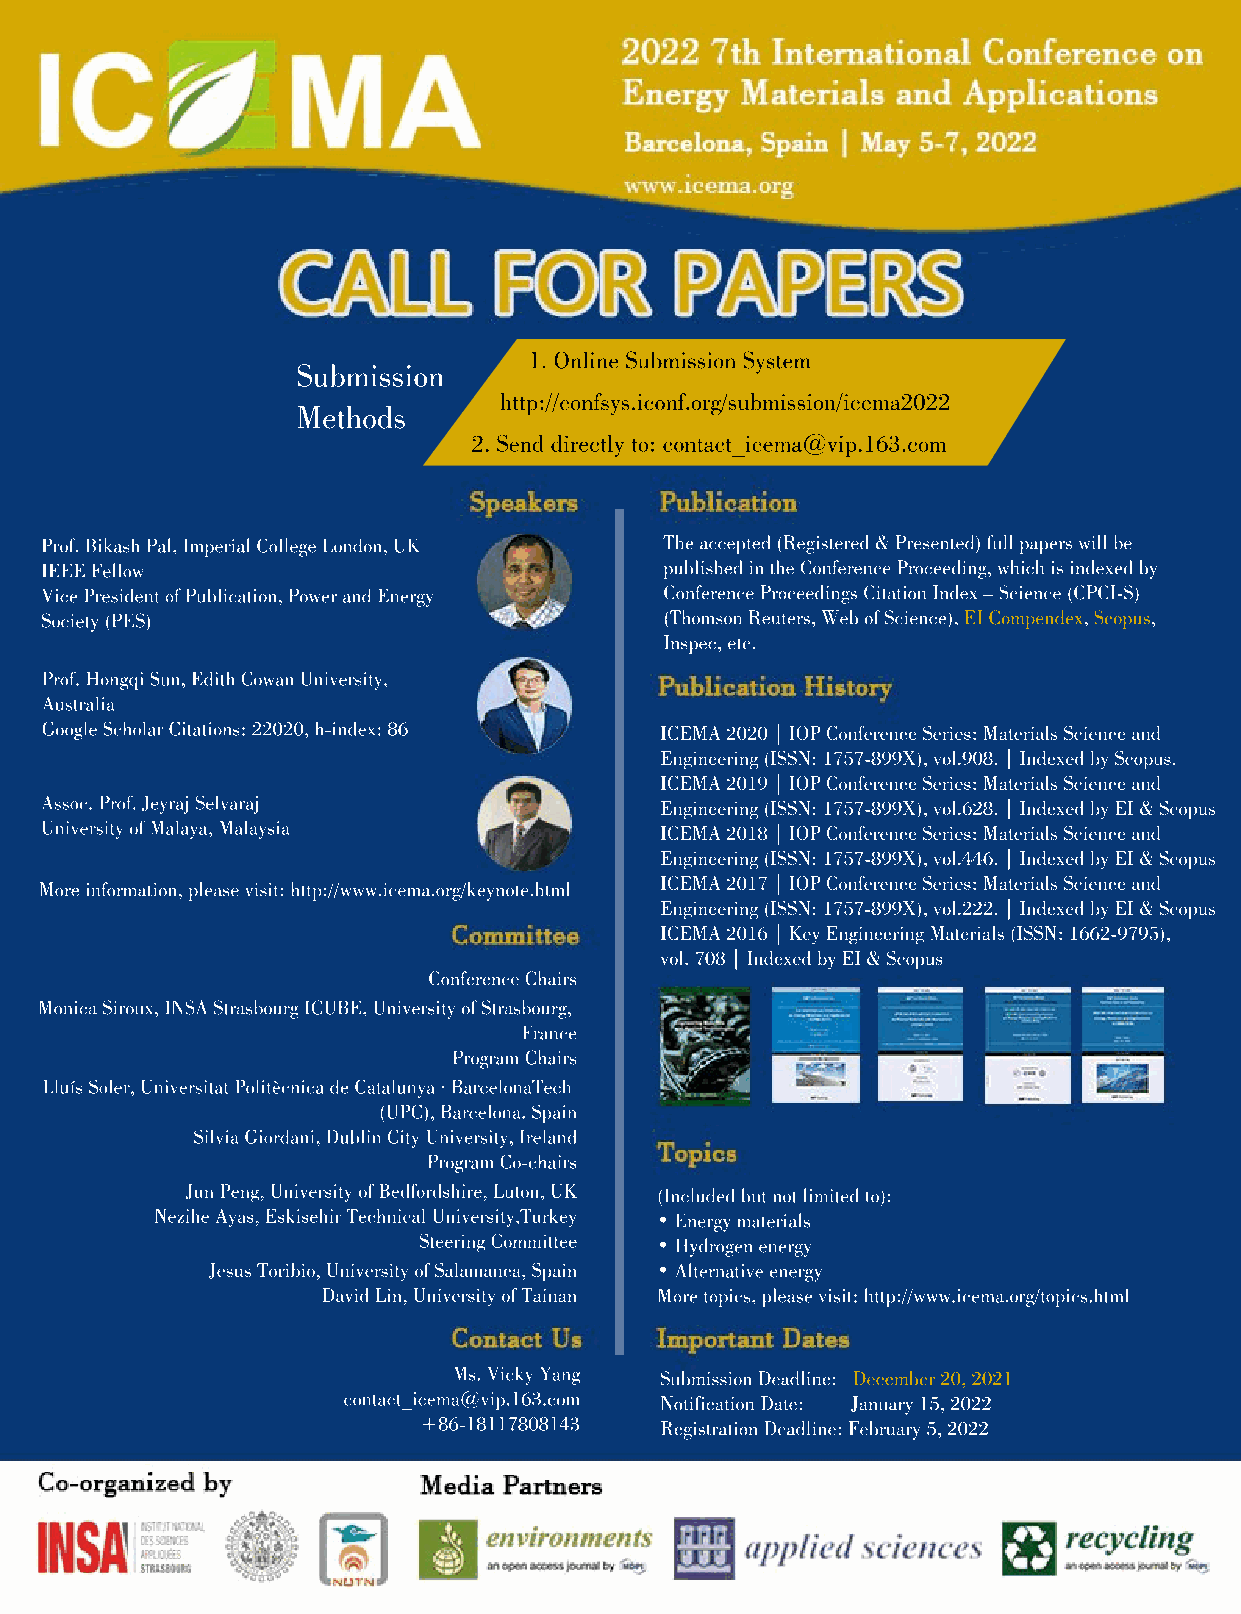
1. Online Submission System
 Submission
 http://confsys.iconf.org/submission/icema2022
 Methods
 2. Send directly to: contact_icema@vip.163.com
 Prof. Bikash Pal, Imperial College London, UK The accepted (Registered & Presented) full papers will be
 IEEE Fellow                              published in the Conference Proceeding, which is indexed by
 Vice President of Publication, Power and Energy Conference Proceedings Citation Index – Science (CPCI-S)
 Society (PES)                            (Thomson Reuters, Web of Science), EI Compendex, Scopus,
 Inspec, etc.
 Prof. Hongqi Sun, Edith Cowan University,
 Australia
 Google Scholar Citations: 22020, h-index: 86 ICEMA 2020 | IOP Conference Series: Materials Science and
 Engineering (ISSN: 1757-899X), vol.908. | Indexed by Scopus.
 ICEMA 2019 | IOP Conference Series: Materials Science and
 Assoc. Prof. Jeyraj Selvaraj             Engineering (ISSN: 1757-899X), vol.628. | Indexed by EI & Scopus
 University of Malaya, Malaysia           ICEMA 2018 | IOP Conference Series: Materials Science and
 Engineering (ISSN: 1757-899X), vol.446. | Indexed by EI & Scopus
 IICCEEMMAA 22001177 || IIOOPP CCoonnffeerreennccee SSeerriieess:: MMaatteerriiaallss SScciieennccee aanndd
 More information, please visit: http://www.icema.org/keynote.html
 Engineering (ISSN: 1757-899X), vol.222. | Indexed by EI & Scopus
 ICEMA 2016 | Key Engineering Materials (ISSN: 1662-9795),
 vol. 708 | Indexed by EI & Scopus
 Conference Chairs
 Monica Siroux, INSA Strasbourg ICUBE, University of Strasbourg,
 France
 Program Chairs
 Lluís Soler, Universitat Politècnica de Catalunya · BarcelonaTech
 (UPC), Barcelona, Spain
 SSiillvviiaa GGiioorrddaannii,, DDuubblliinn CCiittyy UUnniivveerrssiittyy,, IIrreellaanndd
 Program Co-chairs
 Jun Peng, University of Bedfordshire, Luton, UK (Included but not limited to):
 Nezihe Ayas, Eskisehir Technical University,Turkey • Energy materials
 Steering Committee • Hydrogen energy
 Jesus Toribio, University of Salamanca, Spain • Alternative energy
 David Lin, University of Tainan More topics, please visit: http://www.icema.org/topics.html
 Ms. Vicky Yang Submission Deadline: December 20, 2021
 contact_icema@vip.163.com Notification Date: January 15, 2022
 +86-18117808143 Registration Deadline: February 5, 2022